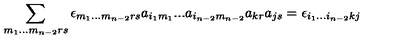
\sum _ { m _ { 1 } . . . m _ { n - 2 } r s } \epsilon _ { m _ { 1 } . . . m _ { n - 2 } r s } a _ { i _ { 1 } m _ { 1 } } . . . a _ { i _ { n - 2 } m _ { n - 2 } } a _ { k r } a _ { j s } = \epsilon _ { i _ { 1 } . . . i _ { n - 2 } k j }